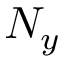
N _ { y }